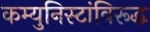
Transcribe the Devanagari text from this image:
कम्युनिस्टांविरूद्ध